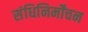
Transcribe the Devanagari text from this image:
संधिनिर्मोंचन